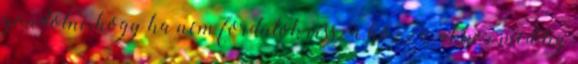
gondolni, hogy ha nem fordulok vissza hozzá, akkor meddig